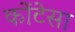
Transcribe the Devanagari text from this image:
कोंटेसा